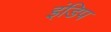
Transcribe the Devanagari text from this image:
इंडिप